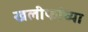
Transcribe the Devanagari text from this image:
खलीफांच्या